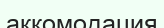
аккомодация